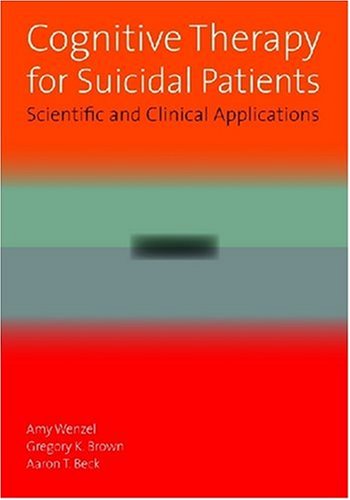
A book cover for Cognitive Therapy for Suicidal Patients: Scientific and Clinical Applications; Amy Wenzel; Self-Help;